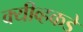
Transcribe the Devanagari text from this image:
क्यीव्हकडे